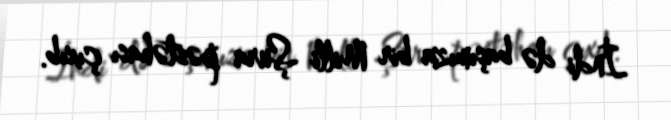
İndi də başımıza bir Milli Şura pəstəhası çıxıb.